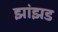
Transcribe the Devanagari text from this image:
झांझड